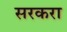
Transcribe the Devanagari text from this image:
सरकरा